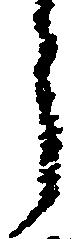
う